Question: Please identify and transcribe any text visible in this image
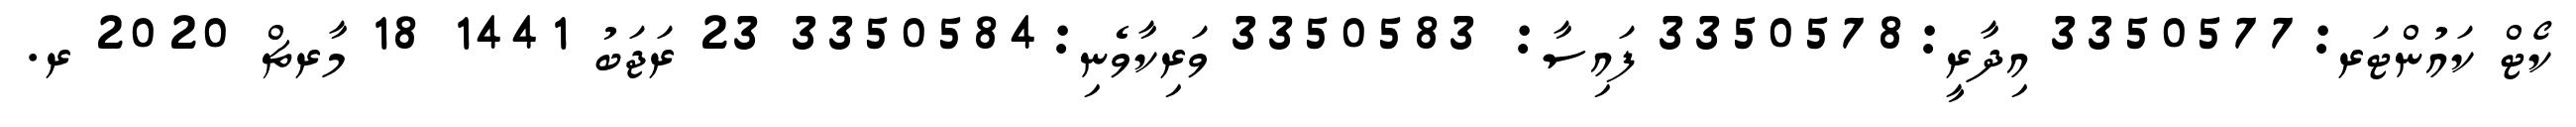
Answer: ކޯޓް ކައުންޓަރ:3350577 އިދާރީ:3350578 ފައިސާ: 3350583 ވަރިކާވެނި:3350584 23 ރަޖަބު 1441 18 މާރޗް 2020 ރ.